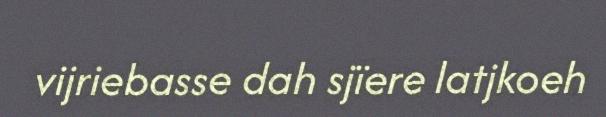
vijriebasse dah sjïere latjkoeh